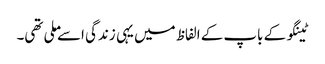
ٹینگو کے باپ کے الفاظ میں یہی زندگی اسے ملی تھی۔